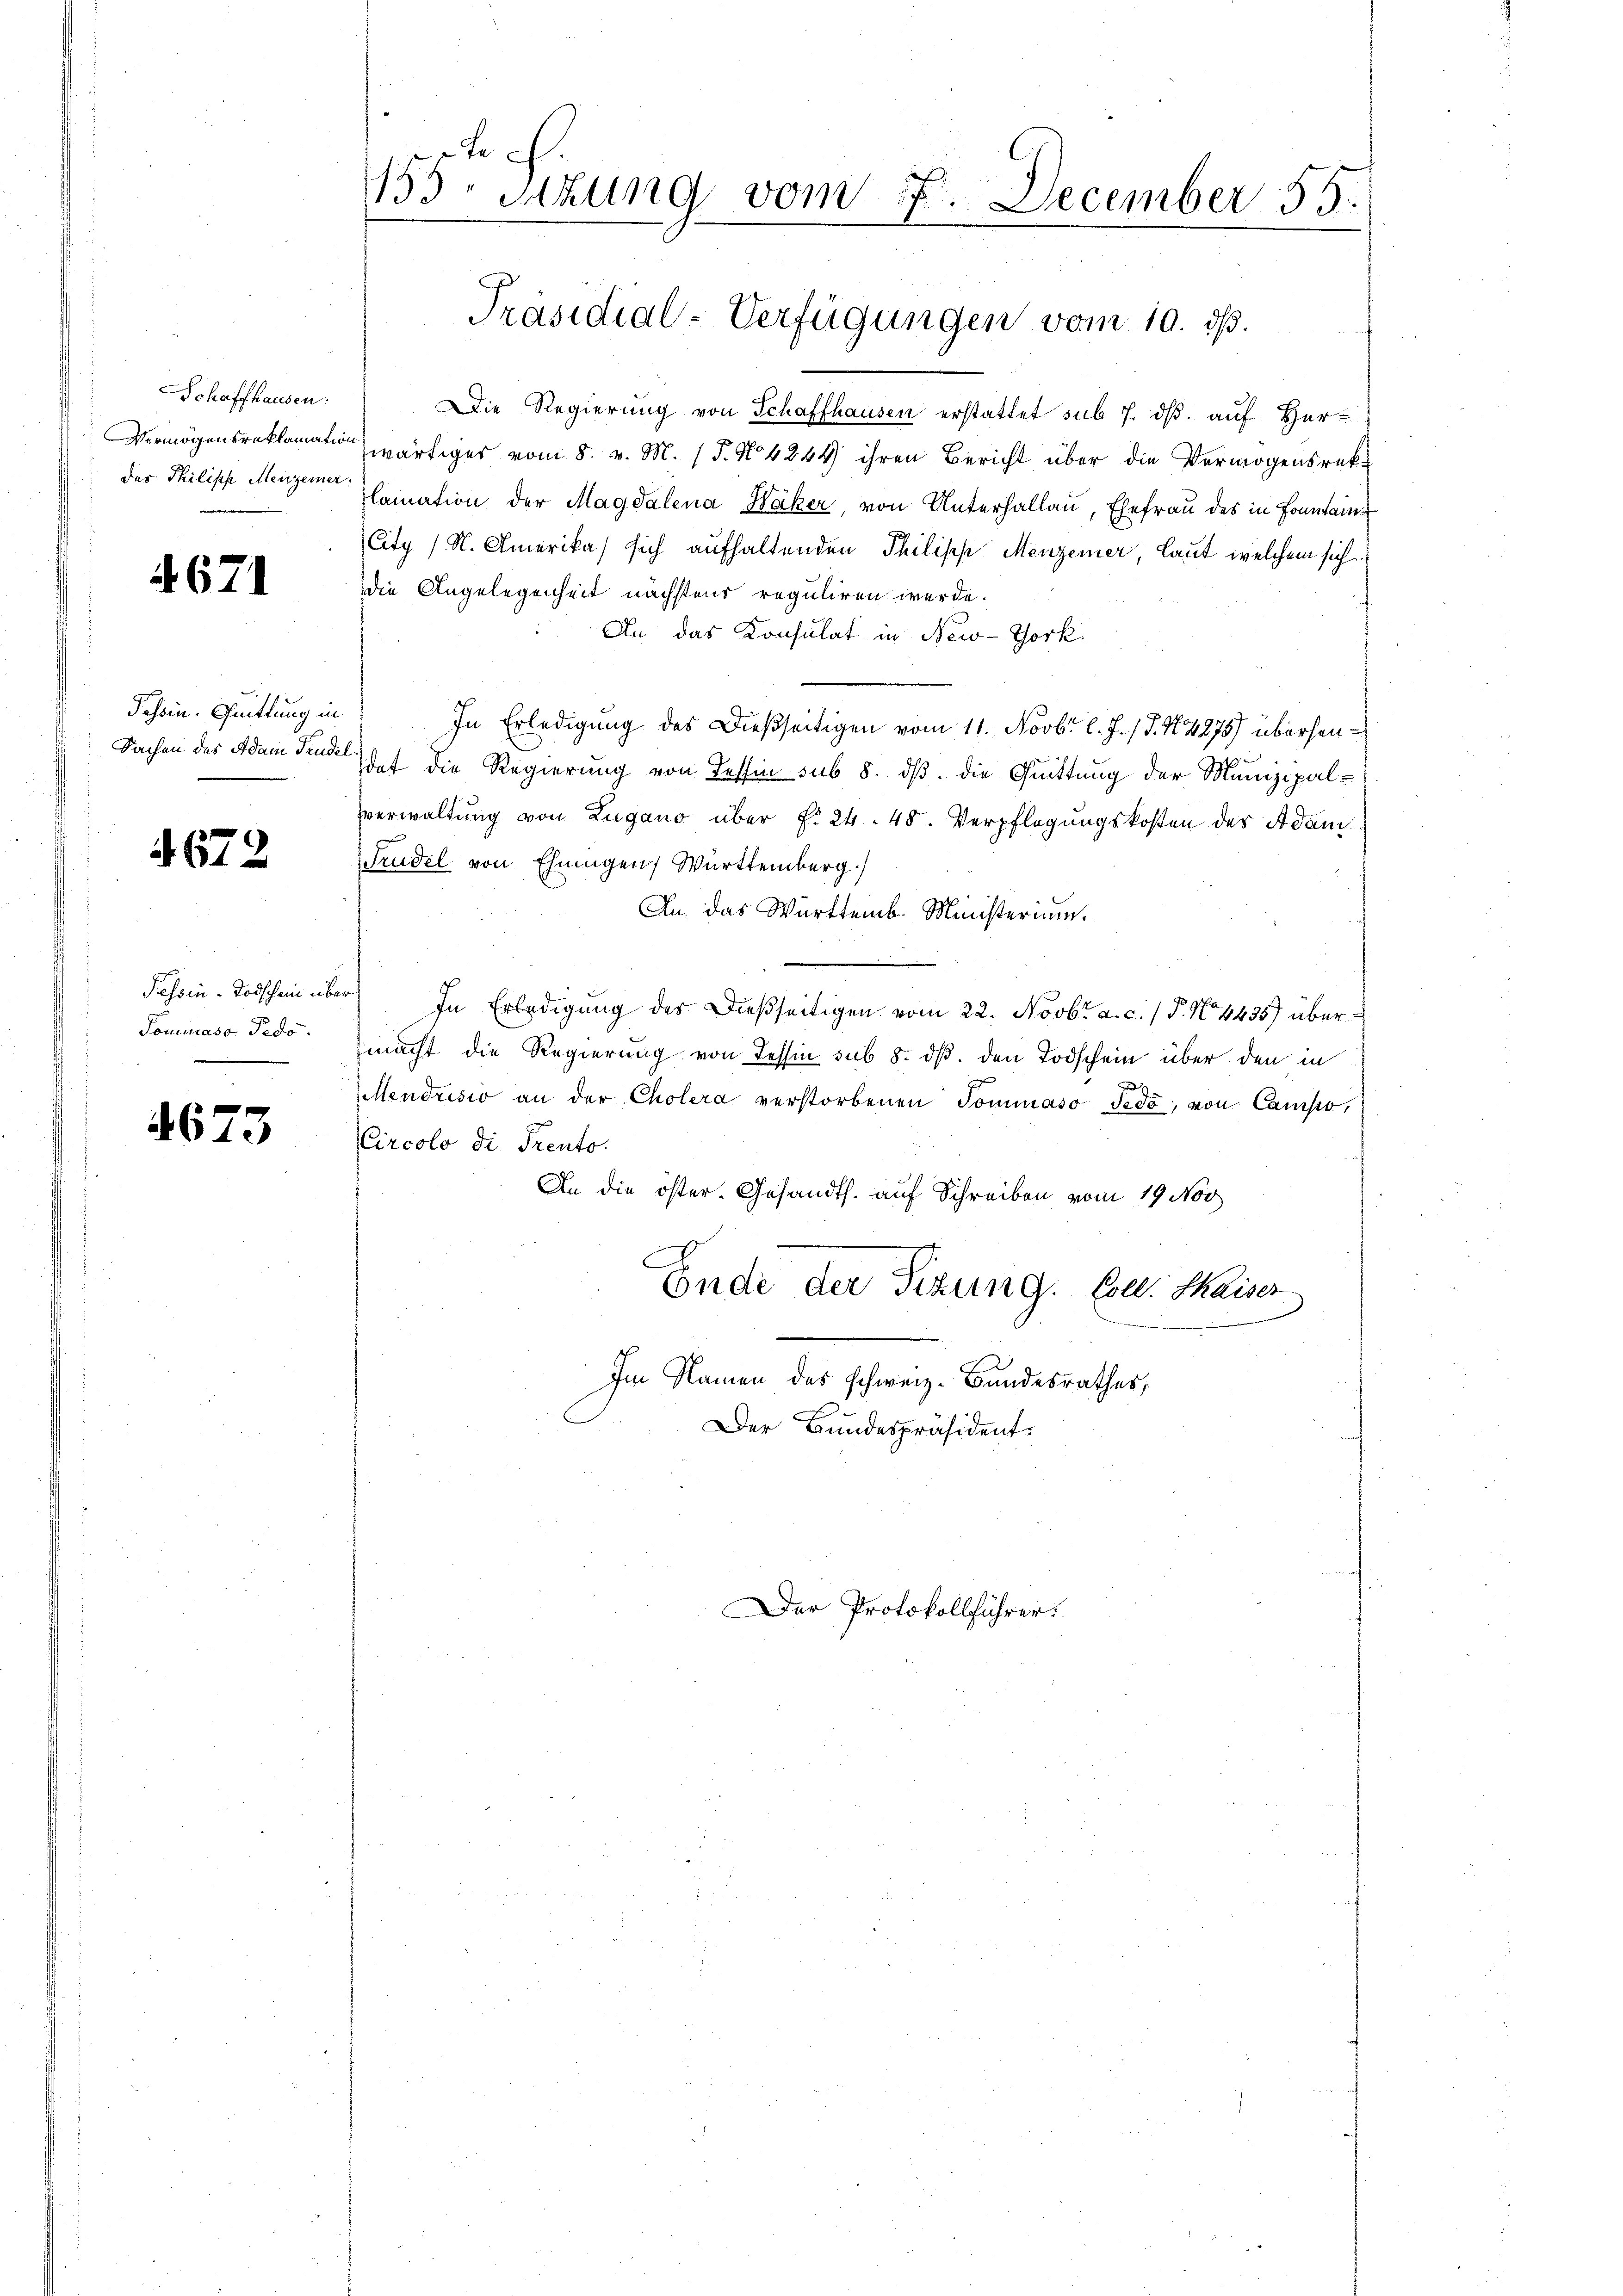
SSchaffhausen.
Vermögensreklamation
der Philisch Menzerner:

4671

Schein. Quittung in
Sachen des Adam Truder

4672

Fessen-Todschein über
Tomuaso Pedo.

4673

155. Sitzung vom 7. December 55.

Präsidial-Verfügungen vom 10. ds.

Die Regierung von Schaffhausen erstattet sub 7. ds. auf Her-
wärtiges vom 8. v. M. (T. No 4244) ihren Bericht über die Vermögensreklamation der Magdalena Haker, von Unterhallau, Ehefrau des in Fontaine
City (N. Amerika) sich aufhaltenden Philipp Menzener, Laut welchem sich
die Angelegenheit nächstens reguliren werde.
An das Konsulat in New-York
In Erledigung des Dießseitigen vom 11. Novbr. l. J. J. N. 4278) übersendat die Regierung von Tessin sub 8. dß die Quittung der Munizipal¬
Verwaltung von Zugano über §. 24. 48. Verpflegungskosten des Adam
Trudel von Ehningen, Württemberg.
An das Württemb. Ministerium.
In Erledigung des dießseitigen vom 22. Novbr. a. c. / P. N. 4435) übermacht die Regierung von Tessin sub 8. ds. den Todschein über den in
Mendrisio an der Cholera verstorbenen Sommaso Jedo, von Campo,
Circolo di Prento.
An die öster- Gesandts. auf Schreiben vom 19. Nov
Ende der Sizung. Coll. Maiser
Im Namen das schweiz. Bundesrathes,
Der Bundespräsident.

Der Protokollführer.